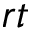
r t